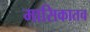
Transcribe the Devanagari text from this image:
मासिकातच